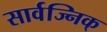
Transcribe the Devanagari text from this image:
सार्वज्निक्